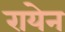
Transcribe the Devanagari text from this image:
रायेन